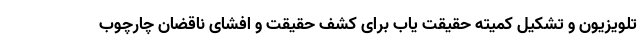
تلویزیون و تشکیل کمیته حقیقت یاب برای کشف حقیقت و افشای ناقضان چارچوب